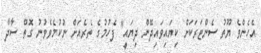
އެހެންވެ ޔޫތު ސެންޓަރަކަށް ކިޔައިވައިދޭން ދިޔައީ" ފެހުމުގެ ތެރެއަށް ނުކުމެވެވުނު ގޮތް ސާދާ